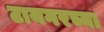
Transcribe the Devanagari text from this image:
टायगरच्या